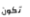
تكون